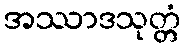
အဿာဒသုတ္တံ